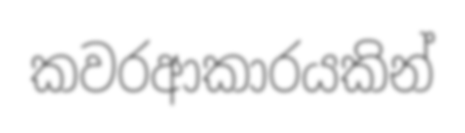
කවරආකාරයකින්